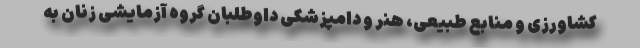
کشاورزی و منابع طبیعی، هنر و دامپزشکی داوطلبان گروه آزمایشی زنان به